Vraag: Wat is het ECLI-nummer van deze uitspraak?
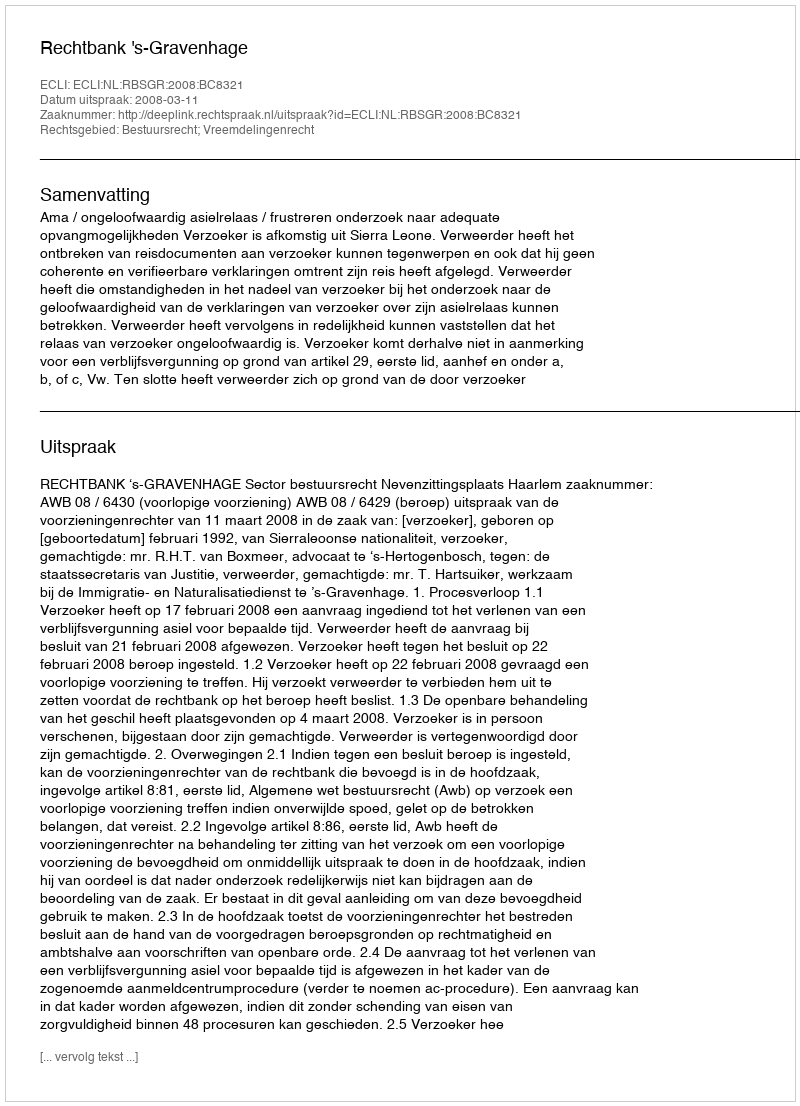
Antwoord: ECLI:NL:RBSGR:2008:BC8321